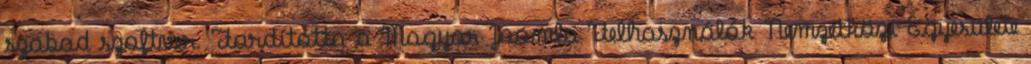
szabad szoftver. Fordította a Magyar Joomla Felhasználók Nemzetközi Egyesülete